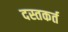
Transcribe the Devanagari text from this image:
दस्तकर्त